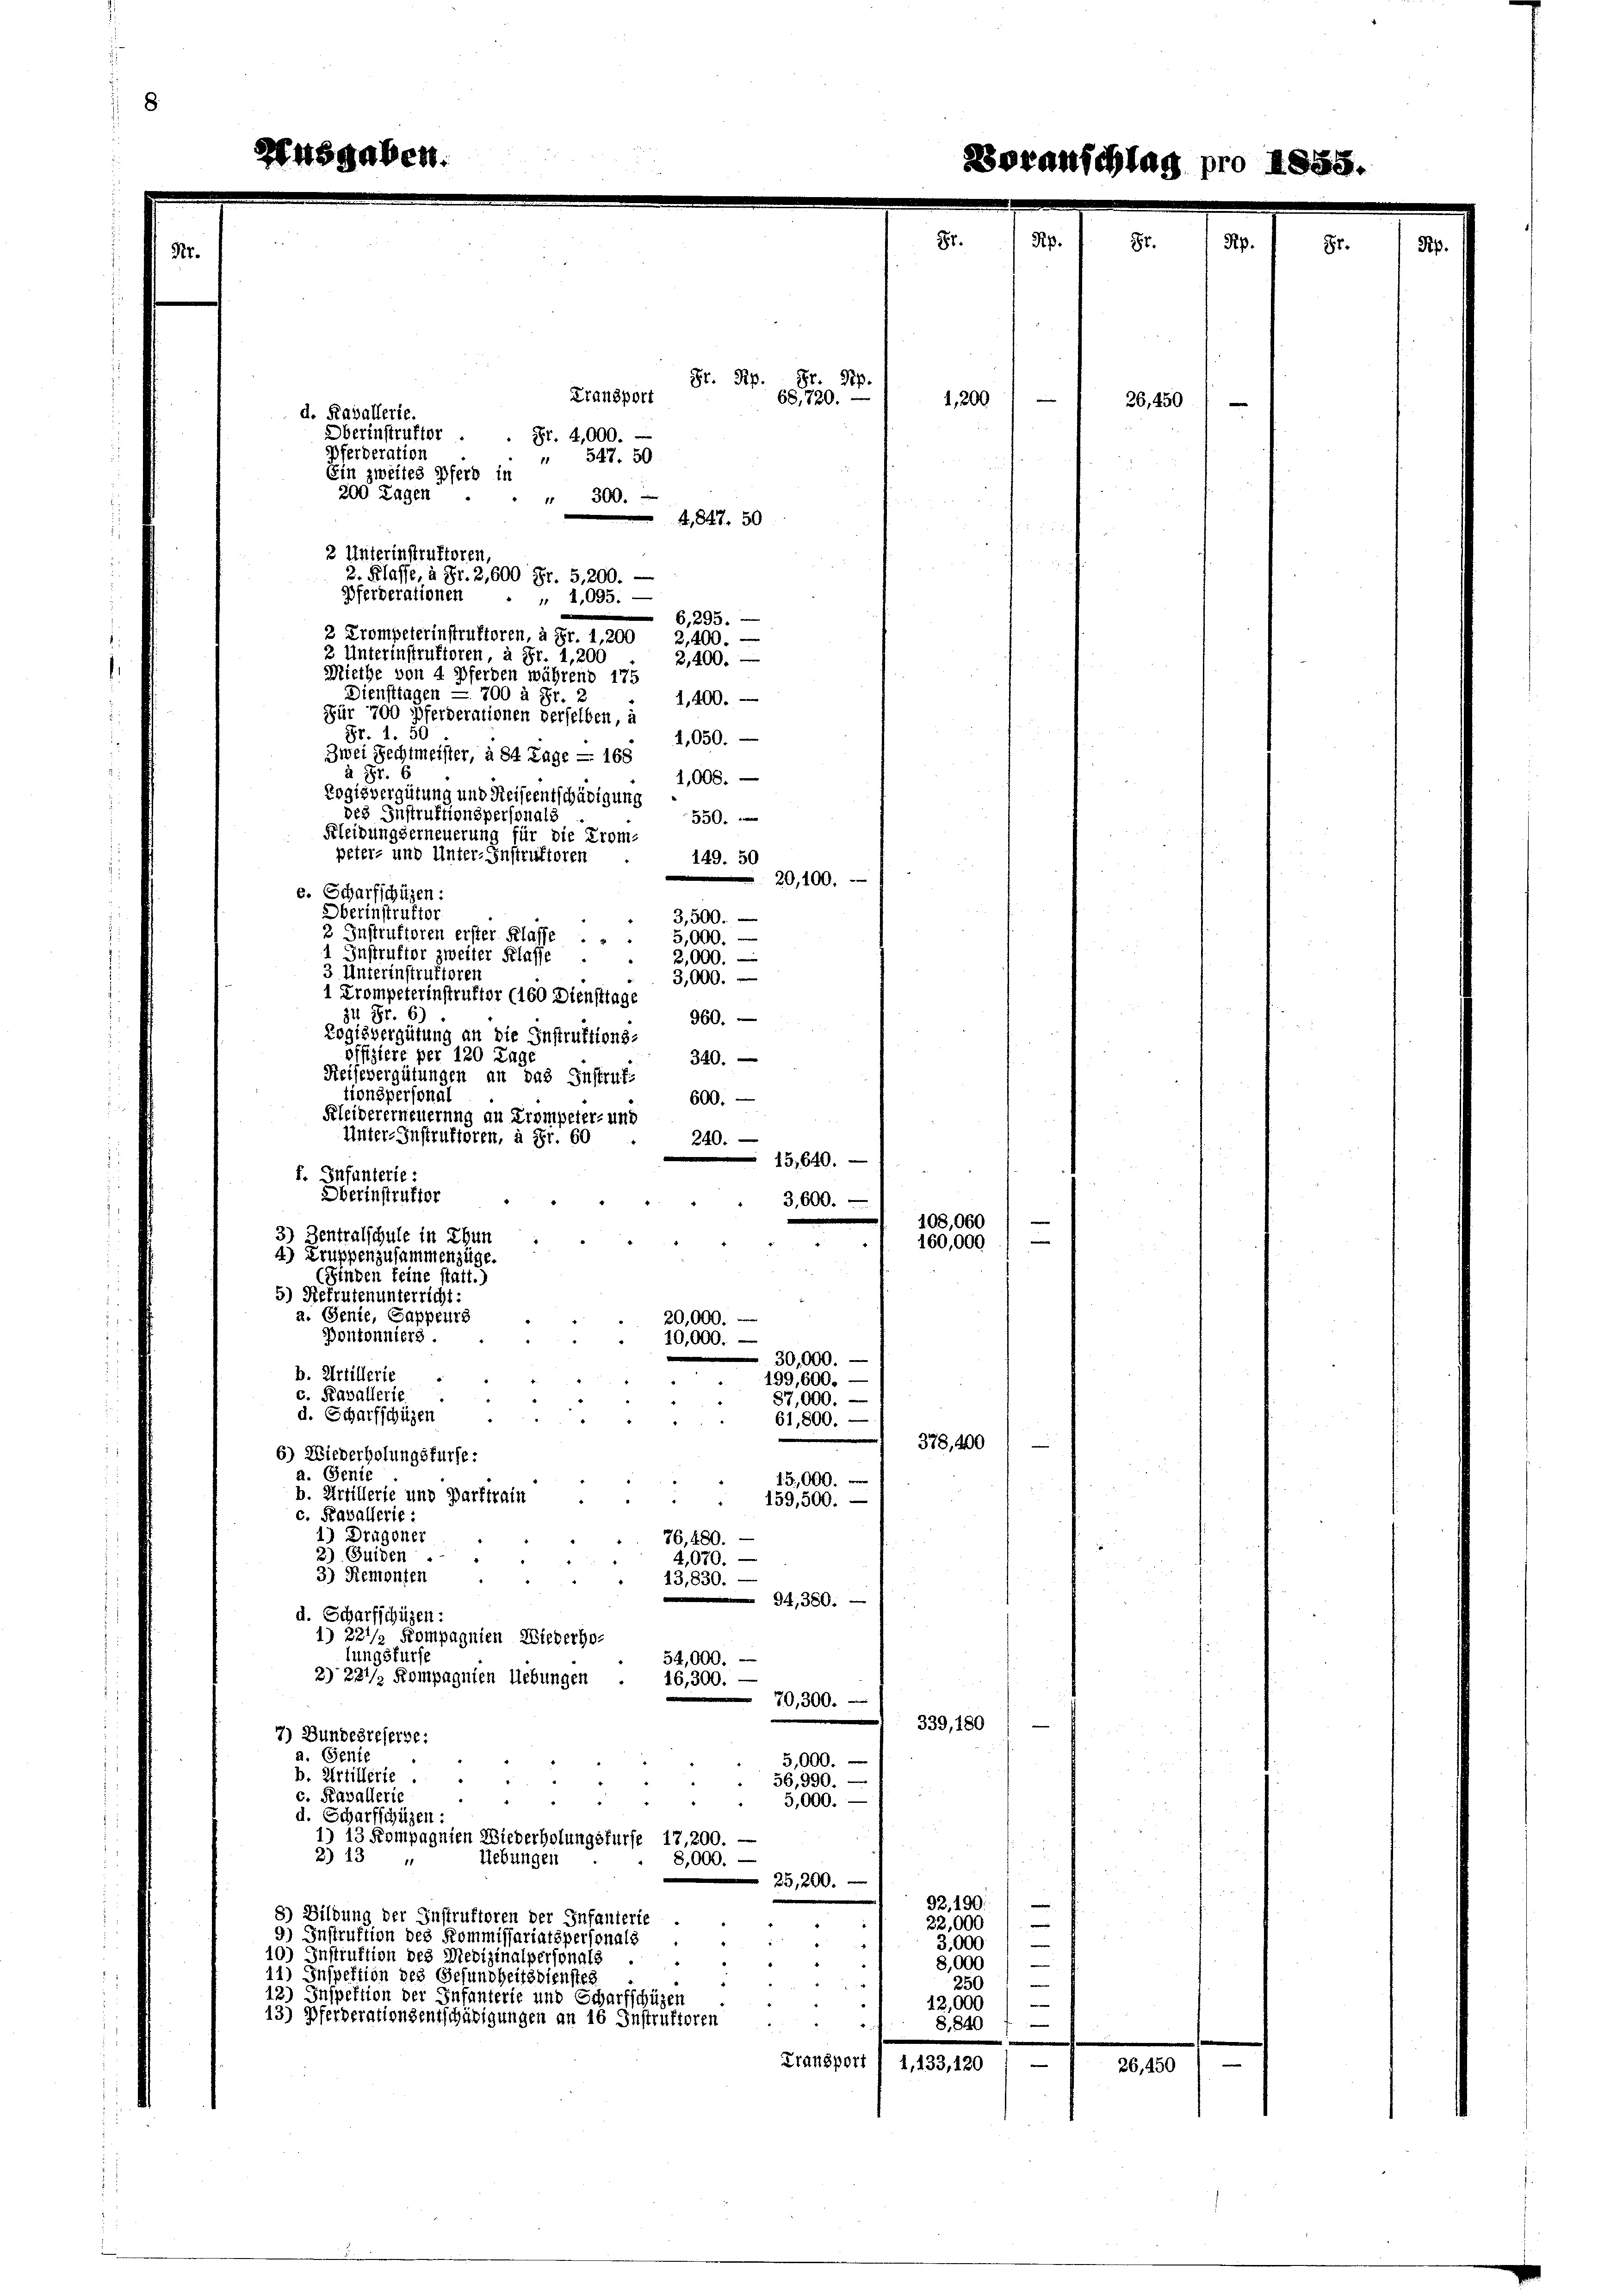
Gr. Rp. Pr. Sep.
Transport
68,720.
1,200
d. Kavallerie
Oberinstruktor
Fr. 4,000.
Pferderation
 547. 50
Ein zweites Pferd in
200 Tagen
" 300.
4,847. 50
2 Unterinstruktoren,
pferberationen . . 1095.
6,295.
2 Trompeterinstruktoren, à Fr. 1,200
2,400.
2 Unterinstruktoren, à Fr. 1,200
2,400.
Miethe von 4 Pferden während 175
Dienstingen — 700 à Fr. 2
1,400.
Für 700 Pferderationen derselben, a
Fr. 1. 50
4,050.
Zwei Rechtmeister, à 84 Tage — 168
à Fr. 6
1,000.
Logisvergütung und Reiseentschädigung
des Instruktionspersonals
550.
Kleidungserneuerung für die Trom-
peter- und Unter-Instruktoren
149. 50
20,100.
e. Scharfschüzen:
Oberinstruktor
3,500.
3 Instruktoren erster Klasse
5,000.
1 Instruktor zweiter Klasse .
2,000.
3 Unterinstruktoren
3,000.
1 Trompeterinstruktor (160 Diensttage
zu Fr. 6)
960. —
Logisvergütung an die Instruktions-
offiziere per 120 Tage
320.
Reisevergütungen an das Instruf-
tionspersonal
600.
Kleidererneuerung an Trompeter- und
Unter-Instruktoren, à Fr. 60
240.
15,640.
f. Infanterie:
Oberinstruktor
3,600.
108,000
3) Zentralschule in Thun
e
160,000
4) Truppenzusammenzüge.
(Finden feine statt.)
5) Rekruten unterricht:
a. Genie, Sappeurs
20,000.
Pontonniers.
10,000.
30,000.
b. Artillerie
199,600.
c. Kavallerie
87,000. —
d. Scharfschüzen
61,800.
378, 200
6) Wiederholungsfürse:
a. Genie
15,000.
b. Artillerie und Parktrain
159,500.
c. Kavallerie:
1) Dragoner
76,480.
3) Guiden
4,070.
3) Remonten
43,830.
94,380.
d. Scharfschüzen:
1) 221/2 Kompagnien Wiederho-
lungsfürse
54,000. —
2) 221/ Kompagnien Uebungen . 16,300. -
70,300.
339, 180
7) Bundesreserve:
a. Genie
5,000.
b. Artillerie.
56,990. —
c. Kavallerie
5,000.
d. Scharfschüzen:
1) 13 Kompagnien Wiederholungsfürst 17,200.
2) 13 "
Uebungen
8,000.
25,200.
92.190:
8) Bildung der Instruktoren der Infanterie
22,000
9) Instruktion des Kommissariatspersonals
3,000
.
10) Instruktion des Medizinalpersonals
8,000
11) Inspektion des Gesundheitsdienstes
250

12) Inspektion der Infanterie und Scharfschüzen
12,000
13) Pferderationsentschädigungen an 16 Instruktoren
8840 f —
Transport 1 1,133, 120 / —
e
26,450

2. Klasse, à Fr. 2,600 Fr. 5,200. -

26,450